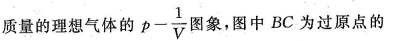
质量的理想气体的$$p - \frac { 1 } { V }$$图象，图中BC为过原点的